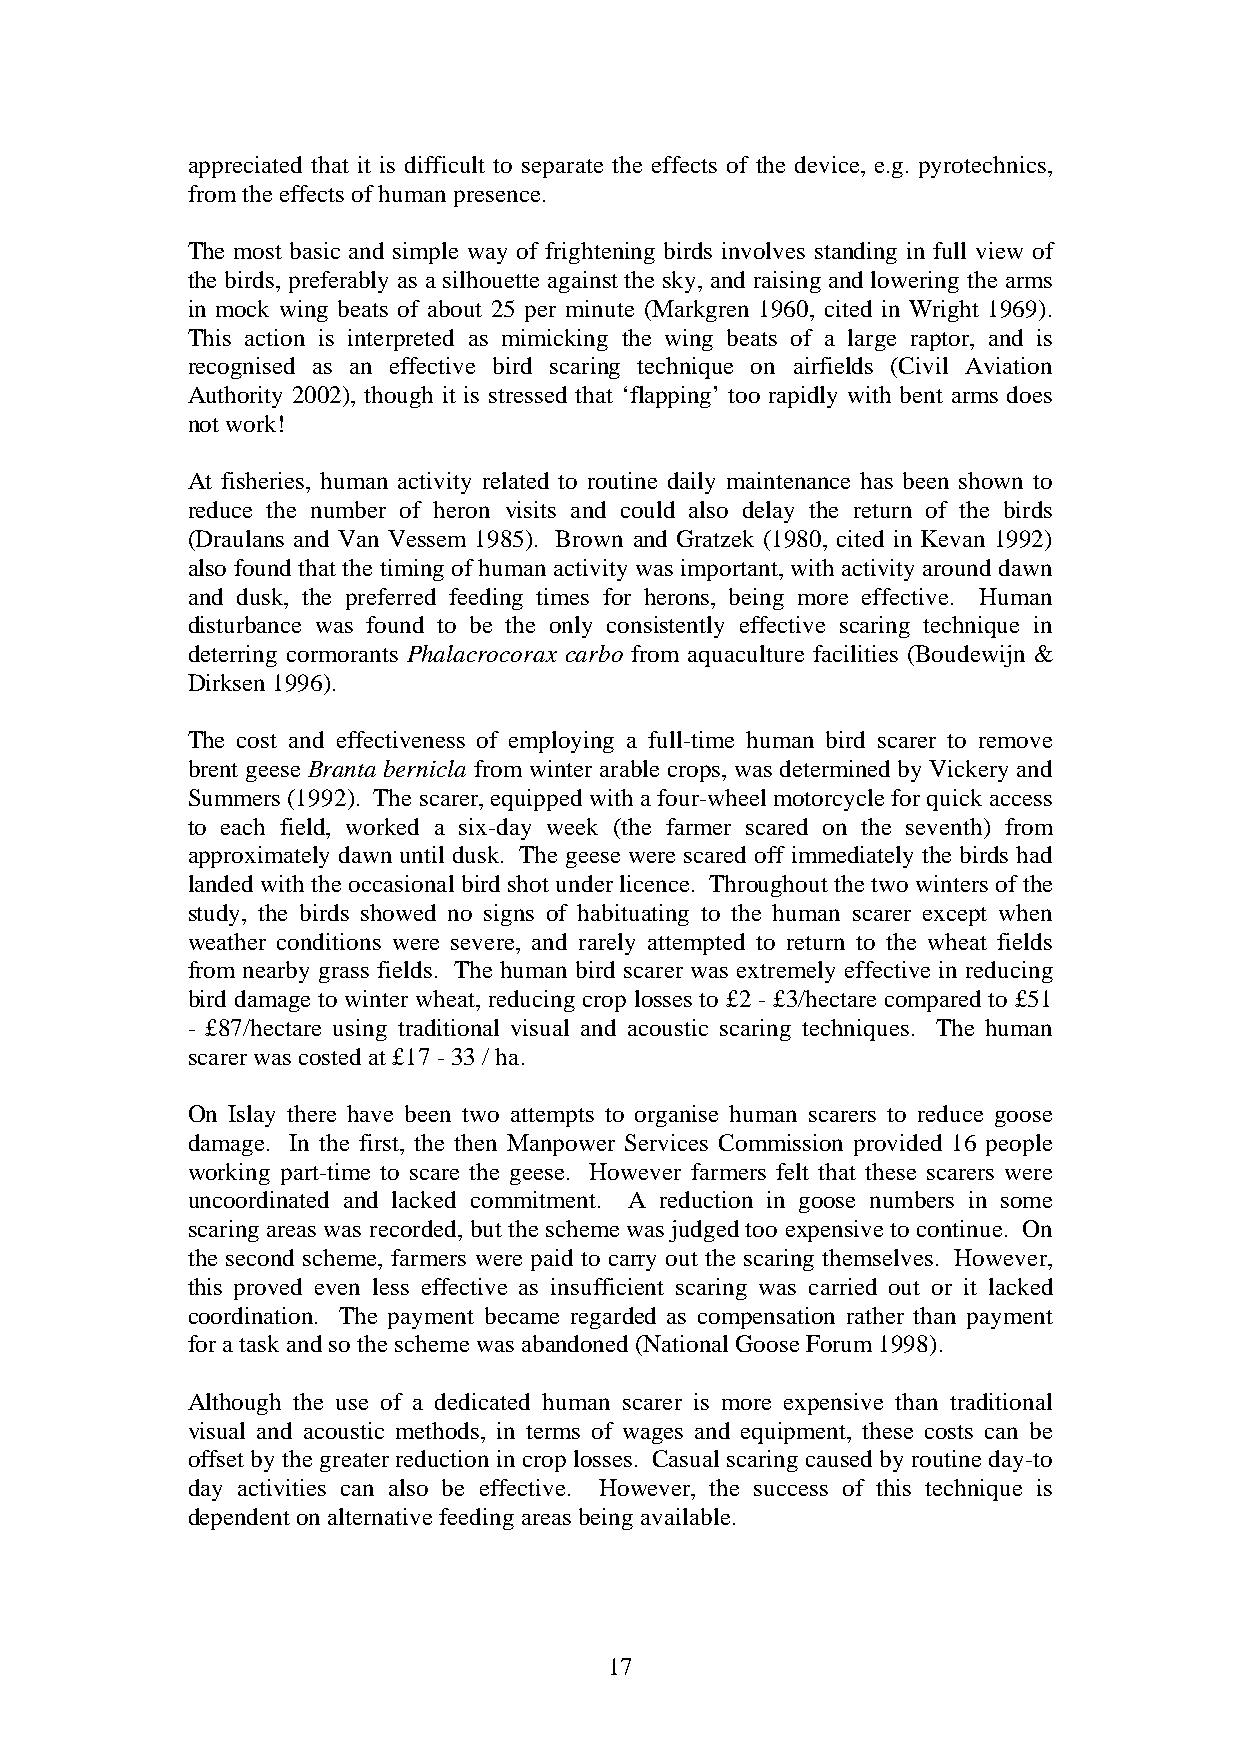
appreciated that it is difficult to separate the effects of the device, e.g. pyrotechnics,
 from the effects of human presence.
 The most basic and simple way of frightening birds involves standing in full view of
 the birds, preferably as a silhouette against the sky, and raising and lowering the arms
 in mock wing beats of about 25 per minute (Markgren 1960, cited in Wright 1969).
 This action is interpreted as mimicking the wing beats of a large raptor, and is
 recognised as an effective bird scaring technique on airfields (Civil Aviation
 Authority 2002), though it is stressed that ‘flapping’ too rapidly with bent arms does
 not work!
 At fisheries, human activity related to routine daily maintenance has been shown to
 reduce the number of heron visits and could also delay the return of the birds
 (Draulans and Van Vessem 1985). Brown and Gratzek (1980, cited in Kevan 1992)
 also found that the timing of human activity was important, with activity around dawn
 and dusk, the preferred feeding times for herons, being more effective. Human
 disturbance was found to be the only consistently effective scaring technique in
 deterring cormorants Phalacrocorax carbo from aquaculture facilities (Boudewijn &
 Dirksen 1996).
 The cost and effectiveness of employing a full-time human bird scarer to remove
 brent geese Branta bernicla from winter arable crops, was determined by Vickery and
 Summers (1992). The scarer, equipped with a four-wheel motorcycle for quick access
 to each field, worked a six-day week (the farmer scared on the seventh) from
 approximately dawn until dusk. The geese were scared off immediately the birds had
 landed with the occasional bird shot under licence. Throughout the two winters of the
 study, the birds showed no signs of habituating to the human scarer except when
 weather conditions were severe, and rarely attempted to return to the wheat fields
 from nearby grass fields. The human bird scarer was extremely effective in reducing
 bird damage to winter wheat, reducing crop losses to £2 - £3/hectare compared to £51
 - £87/hectare using traditional visual and acoustic scaring techniques. The human
 scarer was costed at £17 - 33 / ha.
 On Islay there have been two attempts to organise human scarers to reduce goose
 damage. In the first, the then Manpower Services Commission provided 16 people
 working part-time to scare the geese. However farmers felt that these scarers were
 uncoordinated and lacked commitment. A reduction in goose numbers in some
 scaring areas was recorded, but the scheme was judged too expensive to continue. On
 the second scheme, farmers were paid to carry out the scaring themselves. However,
 this proved even less effective as insufficient scaring was carried out or it lacked
 coordination. The payment became regarded as compensation rather than payment
 for a task and so the scheme was abandoned (National Goose Forum 1998).
 Although the use of a dedicated human scarer is more expensive than traditional
 visual and acoustic methods, in terms of wages and equipment, these costs can be
 offset by the greater reduction in crop losses. Casual scaring caused by routine day-to
 day activities can also be effective. However, the success of this technique is
 dependent on alternative feeding areas being available.
 17